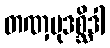
တဏှမုဒစ္ဆိဒါ